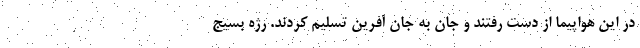
در این هواپیما از دست رفتند و جان به جان آفرین تسلیم کردند. رژه بسیج